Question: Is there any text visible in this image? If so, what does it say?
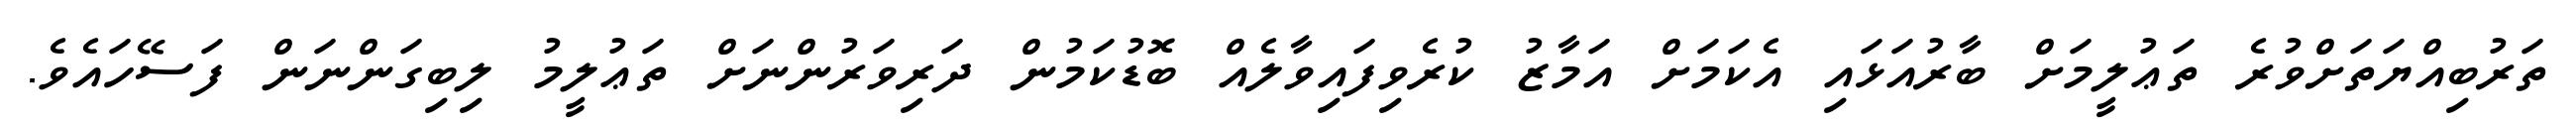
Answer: ތަރުބިއްޔަތަށްވުރެ ތަޢުލީމަށް ބާރުއަޅައި އެކަމަށް އަމާޒު ކުރެވިފައިވާލެއް ބޮޑުކަމުން ދަރިވަރުންނަށް ތަޢުލީމު ލިބިގަންނަން ފަސޭހައެވެ.